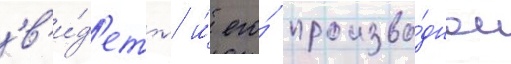
'в'и́д'еть' и́ его́ произво́дное